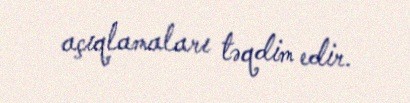
açıqlamaları təqdim edir.